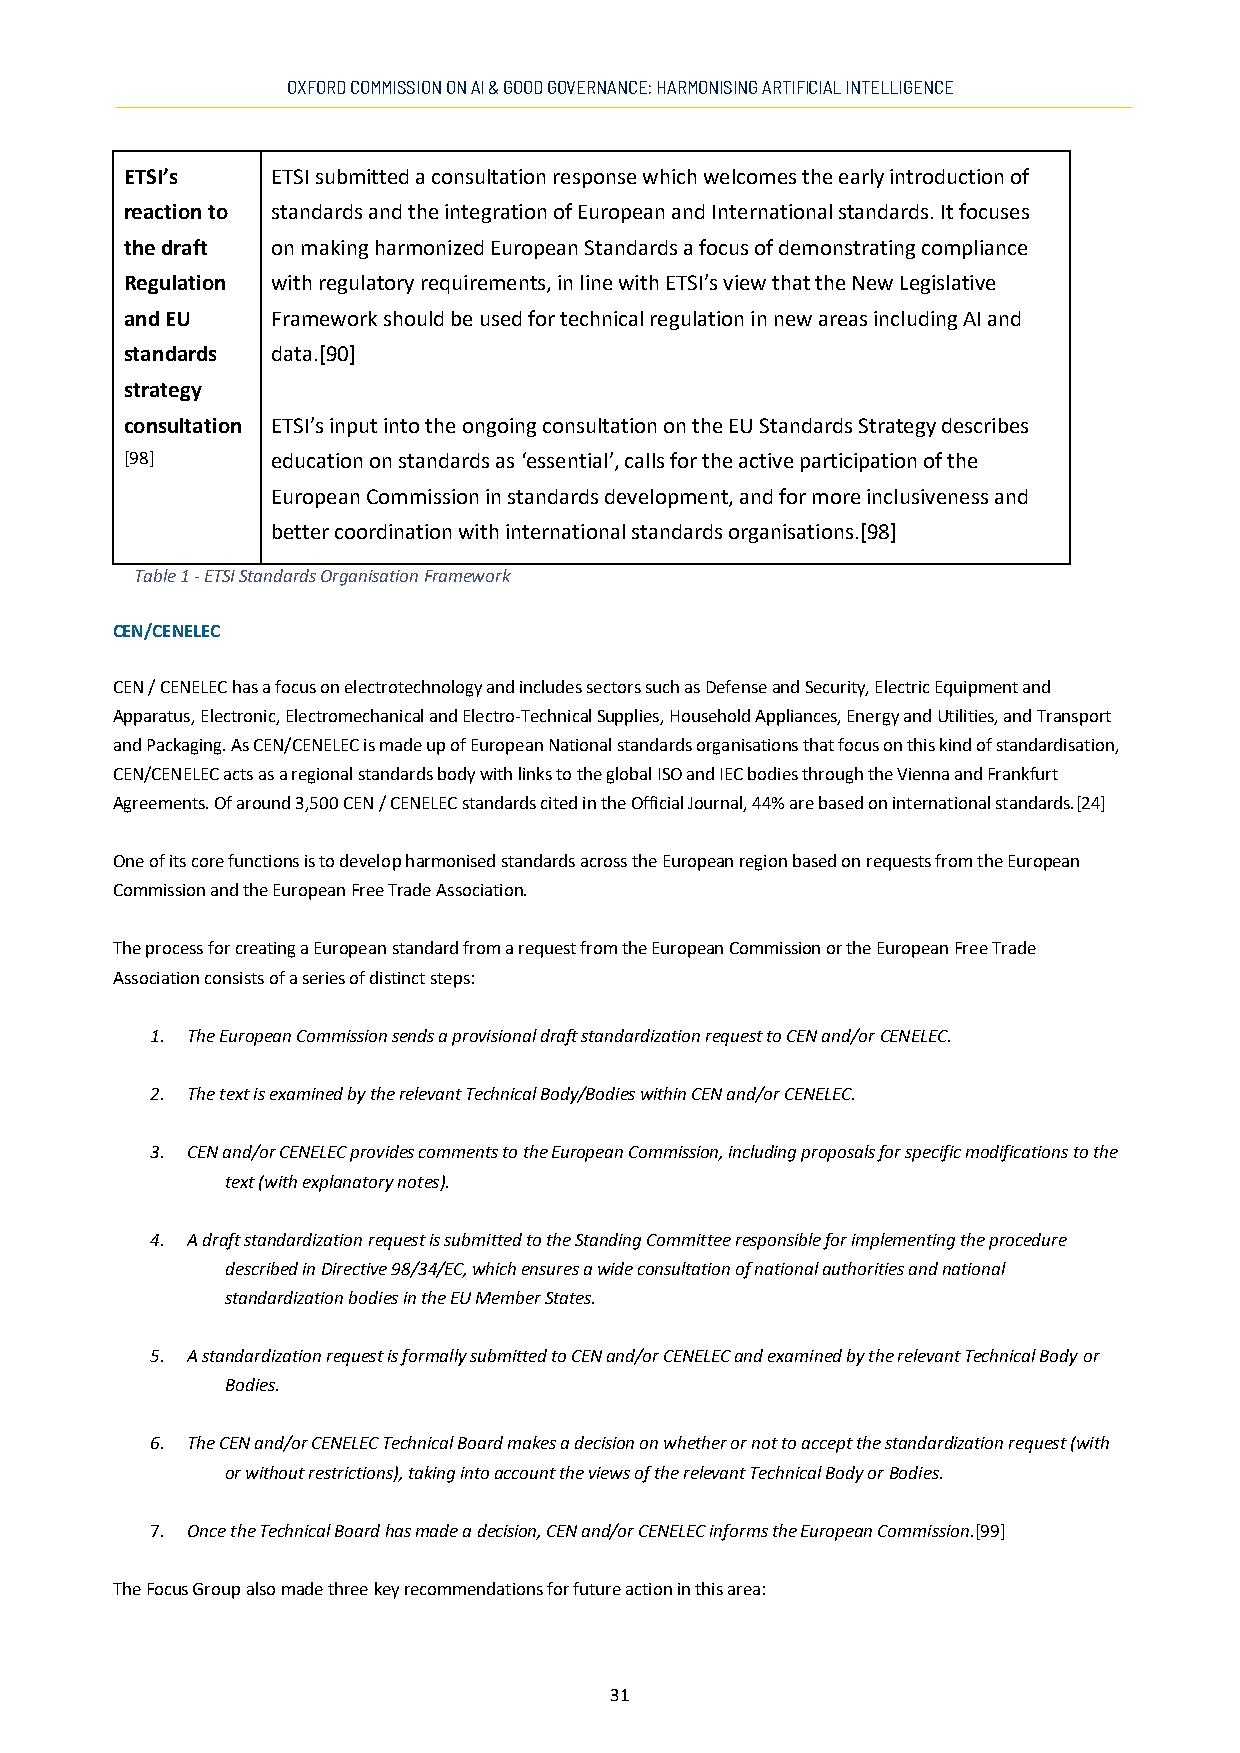
OXFORD COMMISSION ON AI & GOOD GOVERNANCE: HARMONISING ARTIFICIAL INTELLIGENCE
 ETSI’s    ETSI submitted a consultation response which welcomes the early introduction of
 reaction to standards and the integration of European and International standards. It focuses
 the draft on making harmonized European Standards a focus of demonstrating compliance
 Regulation with regulatory requirements, in line with ETSI’s view that the New Legislative
 and EU    Framework should be used for technical regulation in new areas including AI and
 standards data.[90]
 strategy
 consultation ETSI’s input into the ongoing consultation on the EU Standards Strategy describes
 [98]      education on standards as ‘essential’, calls for the active participation of the
 European Commission in standards development, and for more inclusiveness and
 better coordination with international standards organisations.[98]
 Table 1 - ETSI Standards Organisation Framework
 CEN/CENELEC
 CEN / CENELEC has a focus on electrotechnology and includes sectors such as Defense and Security, Electric Equipment and
 Apparatus, Electronic, Electromechanical and Electro-Technical Supplies, Household Appliances, Energy and Utilities, and Transport
 and Packaging. As CEN/CENELEC is made up of European National standards organisations that focus on this kind of standardisation,
 CEN/CENELEC acts as a regional standards body with links to the global ISO and IEC bodies through the Vienna and Frankfurt
 Agreements. Of around 3,500 CEN / CENELEC standards cited in the Official Journal, 44% are based on international standards.[24]
 One of its core functions is to develop harmonised standards across the European region based on requests from the European
 Commission and the European Free Trade Association.
 The process for creating a European standard from a request from the European Commission or the European Free Trade
 Association consists of a series of distinct steps:
 1. The European Commission sends a provisional draft standardization request to CEN and/or CENELEC.
 2. The text is examined by the relevant Technical Body/Bodies within CEN and/or CENELEC.
 3. CEN and/or CENELEC provides comments to the European Commission, including proposals for specific modifications to the
 text (with explanatory notes).
 4. A draft standardization request is submitted to the Standing Committee responsible for implementing the procedure
 described in Directive 98/34/EC, which ensures a wide consultation of national authorities and national
 standardization bodies in the EU Member States.
 5. A standardization request is formally submitted to CEN and/or CENELEC and examined by the relevant Technical Body or
 Bodies.
 6. The CEN and/or CENELEC Technical Board makes a decision on whether or not to accept the standardization request (with
 or without restrictions), taking into account the views of the relevant Technical Body or Bodies.
 7. Once the Technical Board has made a decision, CEN and/or CENELEC informs the European Commission.[99]
 The Focus Group also made three key recommendations for future action in this area:
 31